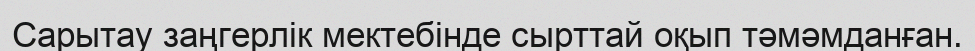
Сарытау заңгерлік мектебінде сырттай оқып тәмәмданған.